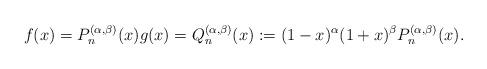
LaTeX: \begin{align*}f(x) = P_{n}^{(\alpha,\beta)}(x) g(x) = Q_{n}^{(\alpha,\beta)}(x) := (1-x)^{\alpha}(1+x)^{\beta} P_{n}^{(\alpha,\beta)}(x). \end{align*}